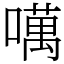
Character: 噧